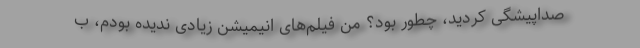
صداپیشگی کردید، چطور بود؟ من فیلم‌های انیمیشن زیادی ندیده بودم، ب